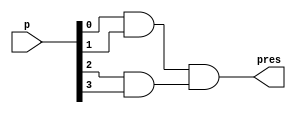
module blockgenerate(input[3:0]p,output pres);

and and1(a,p[0],p[1]);
and and2(b,p[2],p[3]);
and and3(pres,a,b);

endmodule